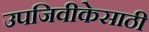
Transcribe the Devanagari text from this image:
उपजिवीकेसाठी